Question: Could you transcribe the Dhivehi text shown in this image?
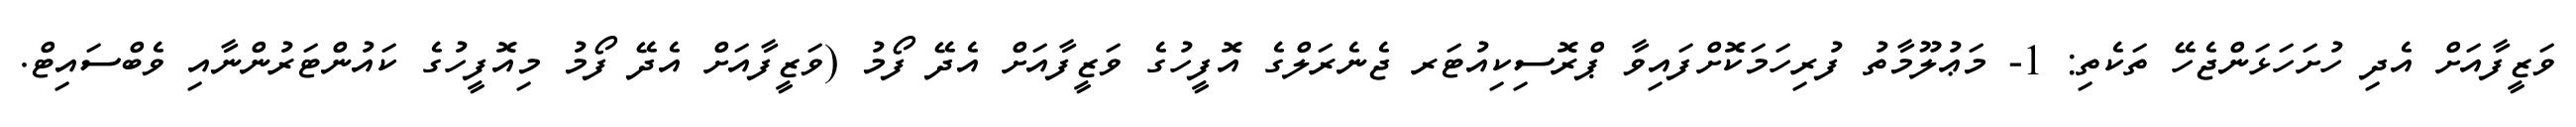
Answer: ވަޒީފާއަށް އެދި ހުށަހަޅަންޖެހޭ ތަކެތި: 1- މަޢުލޫމާތު ފުރިހަމަކޮށްފައިވާ ޕްރޮސިކިއުޓަރ ޖެނެރަލްގެ އޮފީހުގެ ވަޒީފާއަށް އެދޭ ފޯމު (ވަޒީފާއަށް އެދޭ ފޯމު މިއޮފީހުގެ ކައުންޓަރުންނާއި ވެބްސައިޓް.